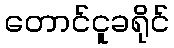
တောင်ငူခရိုင်